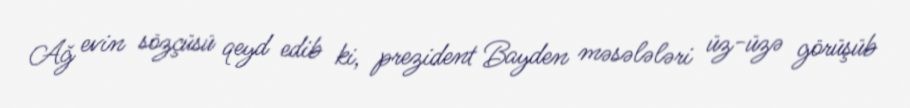
Ağ evin sözçüsü qeyd edib ki, prezident Bayden məsələləri üz-üzə görüşüb